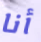
أنا